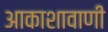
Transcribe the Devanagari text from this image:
आकाशावाणी